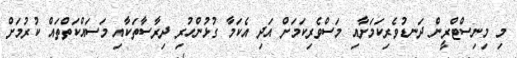
މި މިނިސްޓްރީން ދަނޑުވެރިކަމަށާއި މަސްވެރިކަމަށް އަދި އެކަމާ ގުޅުންހުރި ދިރާސާތަކާއި މަސައްކަތްތައް ކުރުމަށް